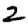
Digit: 2